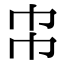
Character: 𢁝